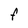
Character: F